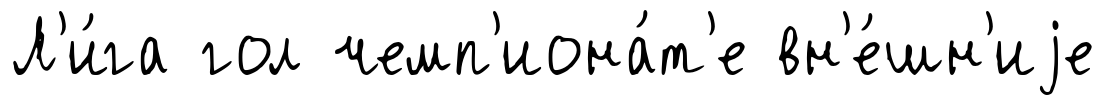
Л'и́га гол чемп'иона́т'е вн'е́шн'иjе